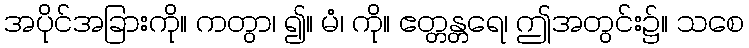
အပိုင်အခြားကို။ ကတွာ၊ ၍။ မံ၊ ကို။ ဧတ္တန္တရေ၊ ဤအတွင်း၌။ သစေ